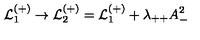
{ \cal L } _ { 1 } ^ { ( + ) } \rightarrow { \cal L } _ { 2 } ^ { ( + ) } = { \cal L } _ { 1 } ^ { ( + ) } + \lambda _ { + + } A _ { - } ^ { 2 }